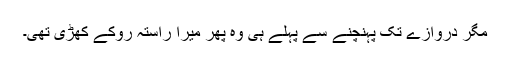
مگر دروازے تک پہنچنے سے پہلے ہی وہ پھر میرا راستہ روکے کھڑی تھی۔